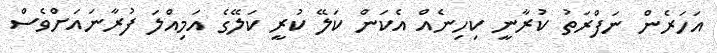
އަހަރެން ނަފްރަތު ކުރާނީ ކިހިނެއް އެކަން ކަލޭ ކުރީ ކަލޭގެ އަމިއްލަ ފުރާނައަށްވެސް